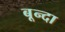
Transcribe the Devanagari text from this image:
बून्दा